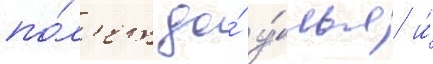
по́л'ет до́ у́лья и́